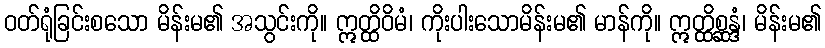
ဝတ်ရုံခြင်းစသော မိန်းမ၏ အသွင်းကို။ ဣတ္ထိဝိမံ၊ ကိုးပါးသောမိန်းမ၏ မာန်ကို။ ဣတ္ထိစ္ဆန္ဒံ၊ မိန်းမ၏